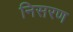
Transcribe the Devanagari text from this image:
निसरण